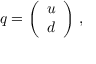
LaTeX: q = \left( \begin{array} { l } { { u } } \\ { { d } } \end{array} \right) \, ,